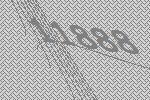
11888